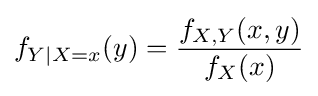
f_{Y\vert X=x}(y)={\frac {f_{X,Y}(x,y)}{f_{X}(x)}}